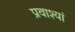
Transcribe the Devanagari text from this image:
प्रवाश्यां